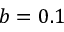
b = 0 . 1